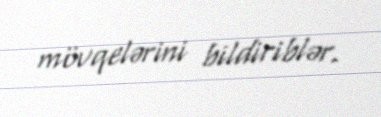
mövqelərini bildiriblər.